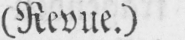
(Revue.)